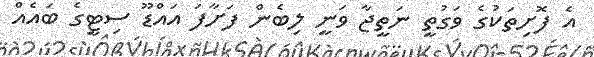
އެ ފޮށިތަކުގެ ވަގުތީ ނަތީޖާ ވަނީ ލިބެން ފަށާފަ އައްޑޫ ސިޓީގެ ބައެއް